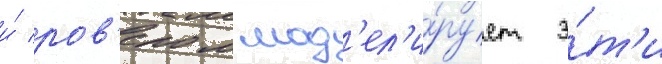
и́ ров'ером мод'ел'и́рует э́т'и